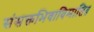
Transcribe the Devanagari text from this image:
संसक्तभिवाविमाति॥